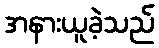
အနားယူခဲ့သည်